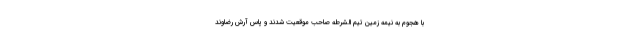
با هجوم به نیمه زمین تیم الشرطه صاحب موقعیت شدند و پاس آرش رضاوند